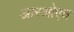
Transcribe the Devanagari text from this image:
आरओएच